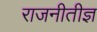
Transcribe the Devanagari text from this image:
राजनीतीज्ञ